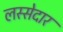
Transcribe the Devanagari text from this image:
लस्सेदार